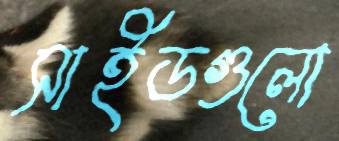
সাইডগুলো